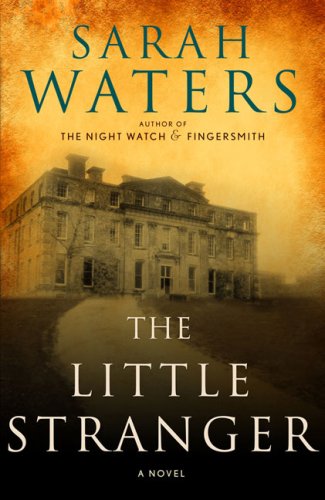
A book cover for The Little Stranger; Sarah Waters; Literature & Fiction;